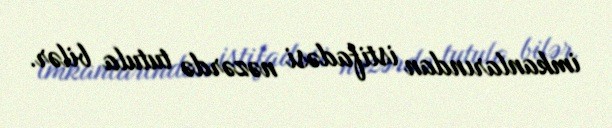
imkanlarından istifadəsi nəzərdə tutula bilər.